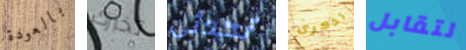
بالعودة تخبرك تحدثى تذكرى لتقابل